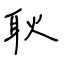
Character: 耿